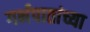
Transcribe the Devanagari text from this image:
गर्भपातांच्या